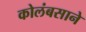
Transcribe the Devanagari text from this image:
कोलंबसाने